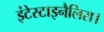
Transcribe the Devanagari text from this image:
इंटेस्टाइनैलिस।